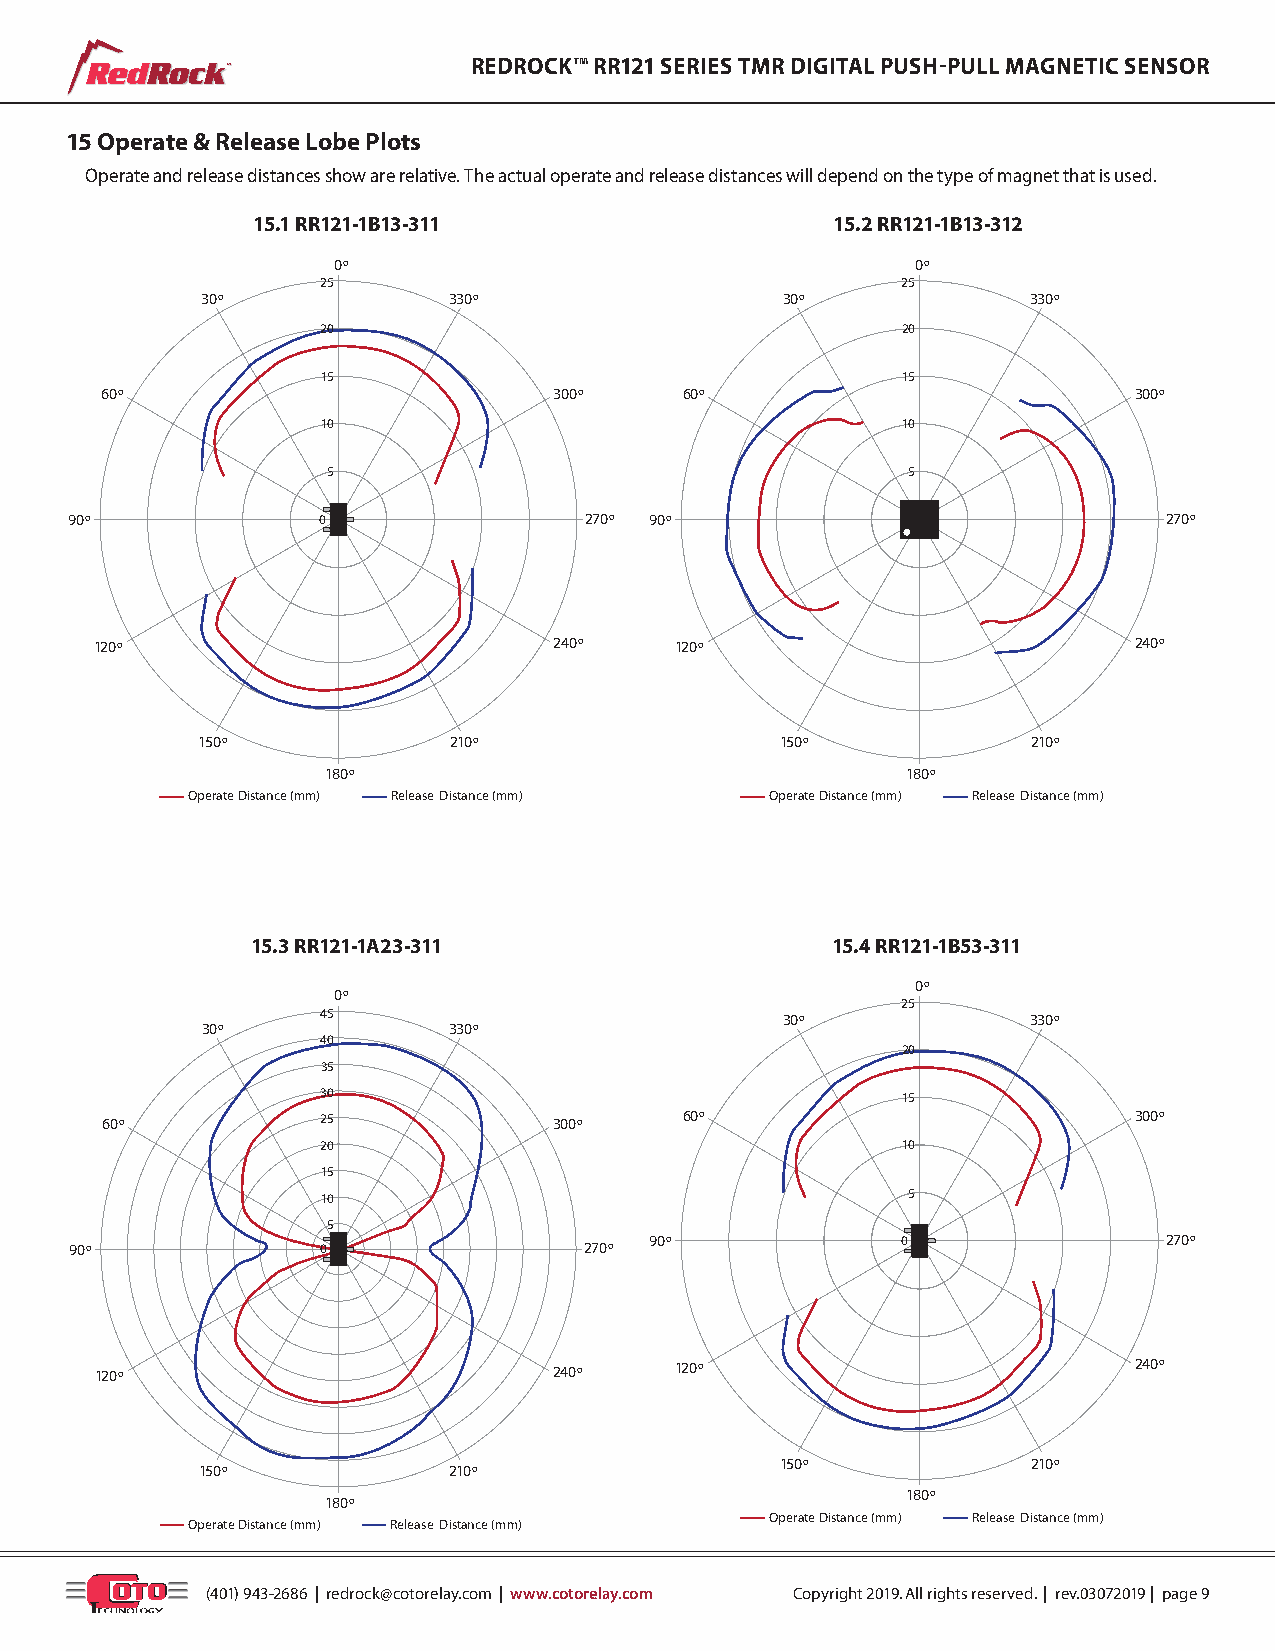
™               REDROCK™ RR121 SERIES TMR DIGITAL PUSH-PULL MAGNETIC SENSOR
 15 Operate & Release Lobe Plots
 Operate and release distances show are relative. The actual operate and release distances will depend on the type of magnet that is used.
 15.1 RR121-1B13-311                   15.2 RR121-1B13-312
 0º                                     0º
 25                                     25
 30º              330º                  30º             330º
 20                                     20
 15                                     15
 60º                           300º    60º                           300º
 10                                     10
 5                                     5
 90º              0                 270º 90º             0                270º
 120º                           240º    120º                          240º
 150º             210º                  150º            210º
 180º                                  180º
 –––– Operate Distance (mm) –––– Release Distance (mm) –––– Operate Distance (mm) –––– Release Distance (mm)
 15.3 RR121-1A23-311                   15.4 RR121-1B53-311
 0º
 0º
 25
 45                             30º             330º
 30º              330º
 40
 20
 35
 30                                     15
 60º           25              300º    60º                           300º
 20                                     10
 15
 10                                     5
 5
 90º              0                270º
 90º             0                 270º
 120º                           240º    120º                          240º
 150º            210º
 150º             210º
 180º
 180º
 –––– Operate Distance (mm) –––– Release Distance (mm)
 –––– Operate Distance (mm) –––– Release Distance (mm)
 (401) 943-2686 | redrock@cotorelay.com | www.cotorelay.com Copyright 2019. All rights reserved. | rev.03072019 | page 9